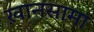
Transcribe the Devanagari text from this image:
ख़ानसामा